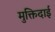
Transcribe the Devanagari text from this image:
मुक्तिदाई